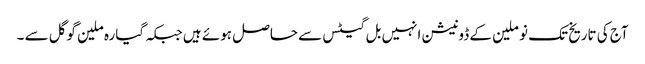
آج کی تاریخ تک نو ملین کے ڈونیشن انہیں بل گیٹس سے حاصل ہوئے ہیں جبکہ گیارہ ملین گوگل سے ۔